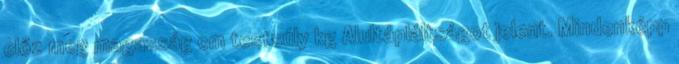
előz meg magasság cm testsúly kg Alultápláltságot jelent. Mindenképp